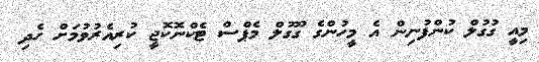
މިއީ ގުގުލް ކުންފުނިން އެ މީހުންގެ ގޫގުލް މެޕްސް ޓެކްނޮކޮޖީ ކުރިއެރުވުމަށް ހެދި